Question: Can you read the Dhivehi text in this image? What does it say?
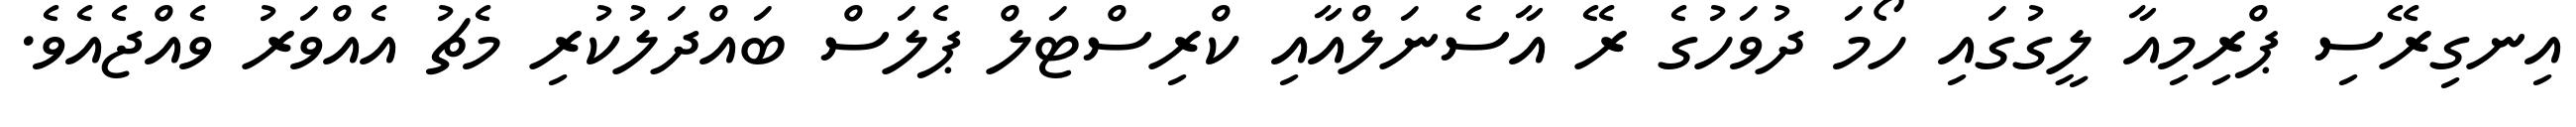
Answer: އިނގިރޭސި ޕްރިމިއާ ލީގުގައި ހޯމަ ދުވަހުގެ ރޭ އާސެނަލްއާއި ކްރިސްޓަލް ޕެލަސް ބައްދަލުކުރި މެޗު އެއްވަރު ވެއްޖެއެވެ.